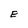
Character: E